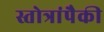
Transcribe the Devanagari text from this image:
स्तोत्रांपैकी